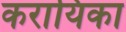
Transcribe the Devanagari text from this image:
करायिका